Reports on military cantonments and civil stations in the Presidency of Bombay inspected by the Sanitary Commissioner in the years 1875 and 1876
Year: 1875
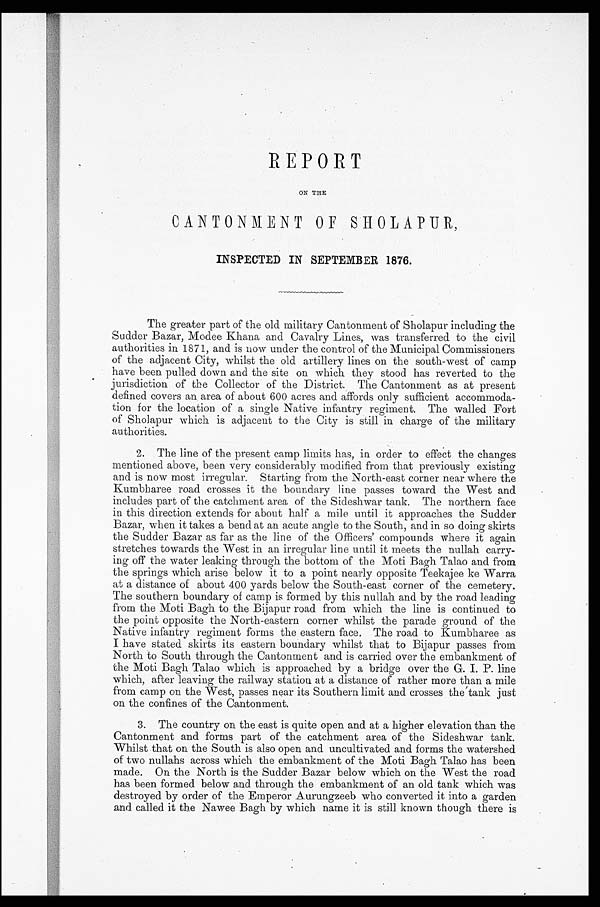
REPORT
ON THE
CANTONMENT OF SHOLAPUR,
INSPECTED IN SEPTEMBER 1876.
The greater part of the old military Cantonment of Sholapur including the
Sudder Bazar, Modee Khana and Cavalry Lines, was transferred to the civil
authorities in 1871, and is now under the control of the Municipal Commissioners
of the adjacent City, whilst the old artillery lines on the south-west of camp
have been pulled down and the site on which they stood has reverted to the
jurisdiction of the Collector of the District. The Cantonment as at present
defined covers an area of about 600 acres and affords only sufficient accommoda-
tion for the location of a single Native infantry regiment. The walled Fort
of Sholapur which is adjacent to the City is still in charge of the military
authorities.
•
2. The line of the present camp limits has, in order to effect the changes
mentioned above, been very considerably modified from that previously existing
and is now most irregular. Starting from the North-east corner near where the
Kumbharee road crosses it the boundary line passes toward the West and
includes part of the catchment area of the Sideshwar tank. The northern face
in this direction extends for about half a mile until it approaches the Sudder
Bazar, when it takes a bend at an acute angle to the South, and in so doing skirts
the Sudder Bazar as far as the line of the Officers' compounds where it again
stretches towards the West in an irregular line until it meets the nullah carry-
ing off the water leaking through the bottom of the Moti Bagh Talao and from
the springs which arise below it to a point nearly opposite Teekajee ke Warra
at a distance of about 400 yards below the South-east corner of the cemetery.
The southern boundary of camp is formed by this nullah and by the road leading
from the Moti Bagh to the Bijapur road from which the line is continued to
the point opposite the North-eastern corner whilst the parade ground of the
Native infantry regiment forms the eastern face. The road to Kumbharee as
I have stated skirts its eastern boundary whilst that to Bijapur passes from
North to South through the Cantonment and is carried over the embankment of
the Moti Bagh Talao which is approached by a bridge over the G. I. P. line
which, after leaving the railway station at a distance of rather more than a mile
from camp on the West, passes near its Southern limit and crosses the tank just
on the confines of the Cantonment.
3. The country on the east is quite open and at a higher elevation than the
Cantonment and forms part of the catchment area of the Sideshwar tank.
Whilst that on the South is also open and uncultivated and forms the watershed
of two nullahs across which the embankment of the Moti Bagh Talao has been
made. On the North is the Sudder Bazar below which on the West the road
has been formed below and through the embankment of an old tank which was
destroyed by order of the Emperor Aurungzeeb who converted it into a garden
and called it the Nawee Bagh by which name it is still known though there is